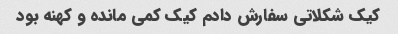
کیک شکلاتی سفارش دادم کیک کمی مانده و کهنه بود